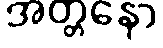
အတ္တနော